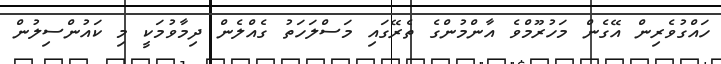
ހައްގުވެރިން އޭގެން މަހުރޫމްވެ އާންމުންގެ ތެރޭގައި މަސްލަހަތު ގެއްލެން ދިމާވުމަކީ މި ކައުންސިލުން